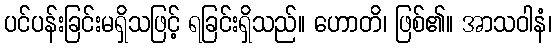
ပင်ပန်းခြင်းမရှိသဖြင့် ရခြင်းရှိသည်။ ဟောတိ၊ ဖြစ်၏။ အာသဝါနံ၊